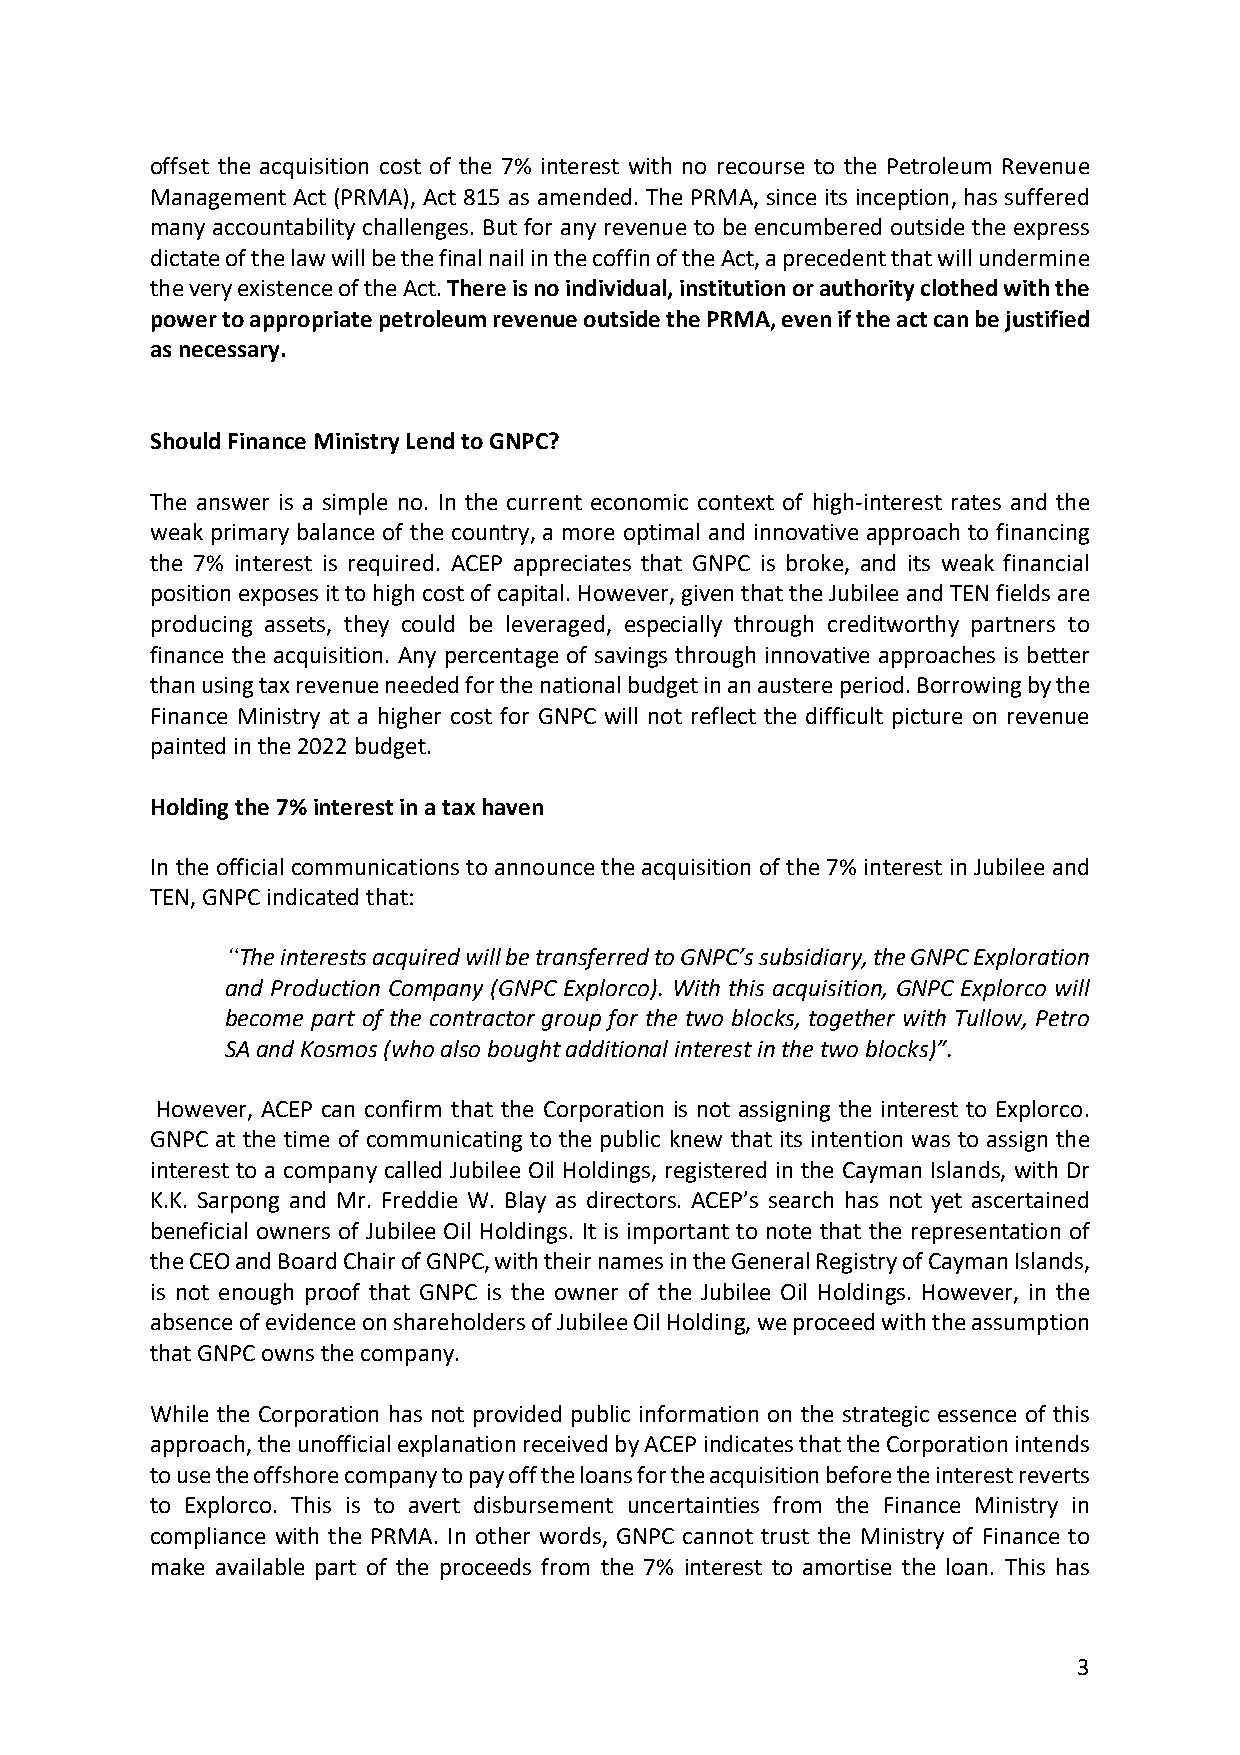
offset the acquisition cost of the 7% interest with no recourse to the Petroleum Revenue
 Management Act (PRMA), Act 815 as amended. The PRMA, since its inception, has suffered
 many accountability challenges. But for any revenue to be encumbered outside the express
 dictate of the law will be the final nail in the coffin of the Act, a precedent that will undermine
 the very existence of the Act. There is no individual, institution or authority clothed with the
 power to appropriate petroleum revenue outside the PRMA, even if the act can be justified
 as necessary.
 Should Finance Ministry Lend to GNPC?
 The answer is a simple no. In the current economic context of high-interest rates and the
 weak primary balance of the country, a more optimal and innovative approach to financing
 the 7% interest is required. ACEP appreciates that GNPC is broke, and its weak financial
 position exposes it to high cost of capital. However, given that the Jubilee and TEN fields are
 producing assets, they could be leveraged, especially through creditworthy partners to
 finance the acquisition. Any percentage of savings through innovative approaches is better
 than using tax revenue needed for the national budget in an austere period. Borrowing by the
 Finance Ministry at a higher cost for GNPC will not reflect the difficult picture on revenue
 painted in the 2022 budget.
 Holding the 7% interest in a tax haven
 In the official communications to announce the acquisition of the 7% interest in Jubilee and
 TEN, GNPC indicated that:
 “The interests acquired will be transferred to GNPC’s subsidiary, the GNPC Exploration
 and Production Company (GNPC Explorco). With this acquisition, GNPC Explorco will
 become part of the contractor group for the two blocks, together with Tullow, Petro
 SA and Kosmos (who also bought additional interest in the two blocks)”.
 However, ACEP can confirm that the Corporation is not assigning the interest to Explorco.
 GNPC at the time of communicating to the public knew that its intention was to assign the
 interest to a company called Jubilee Oil Holdings, registered in the Cayman Islands, with Dr
 K.K. Sarpong and Mr. Freddie W. Blay as directors. ACEP’s search has not yet ascertained
 beneficial owners of Jubilee Oil Holdings. It is important to note that the representation of
 the CEO and Board Chair of GNPC, with their names in the General Registry of Cayman Islands,
 is not enough proof that GNPC is the owner of the Jubilee Oil Holdings. However, in the
 absence of evidence on shareholders of Jubilee Oil Holding, we proceed with the assumption
 that GNPC owns the company.
 While the Corporation has not provided public information on the strategic essence of this
 approach, the unofficial explanation received by ACEP indicates that the Corporation intends
 to use the offshore company to pay off the loans for the acquisition before the interest reverts
 to Explorco. This is to avert disbursement uncertainties from the Finance Ministry in
 compliance with the PRMA. In other words, GNPC cannot trust the Ministry of Finance to
 make available part of the proceeds from the 7% interest to amortise the loan. This has
 3